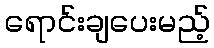
ရောင်းချပေးမည့်